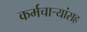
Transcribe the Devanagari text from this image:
कर्मचाऱ्यांसह